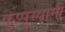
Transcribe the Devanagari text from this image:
कुप्पूस्वामी